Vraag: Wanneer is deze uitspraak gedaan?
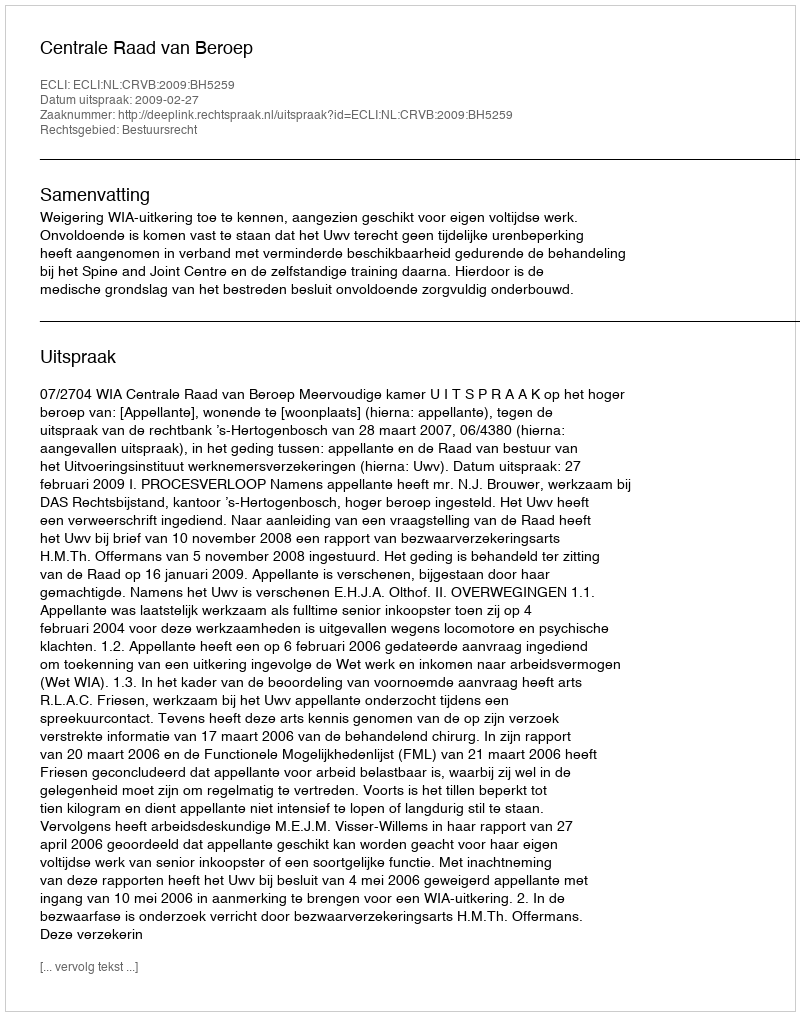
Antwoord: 2009-02-27